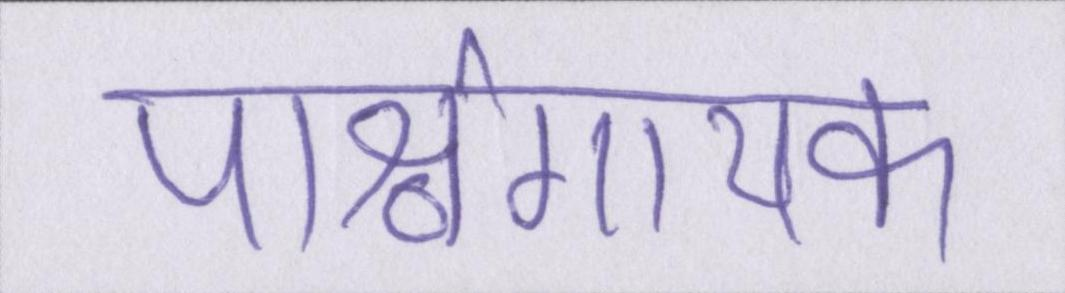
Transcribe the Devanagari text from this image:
पार्श्वगायक